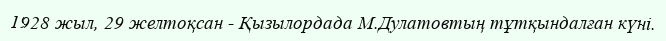
1928 жыл, 29 желтоқсан - Қызылордада М.Дулатовтың тұтқындалған күні.